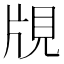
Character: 覑